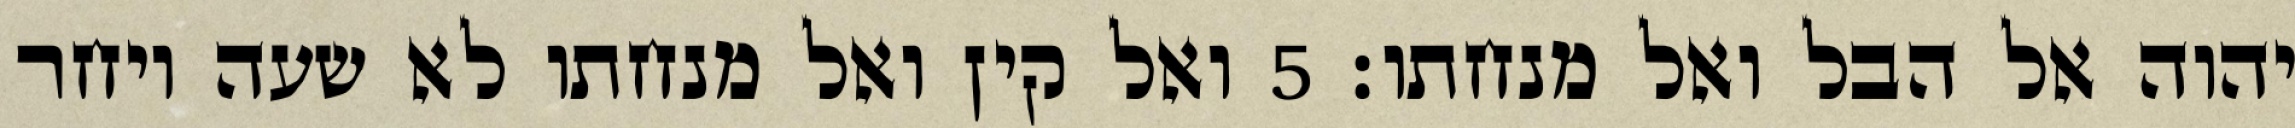
יהוה אל הבל ואל מנחתו׃ ‎5‏ ואל קין ואל מנחתו לא שעה ויחר